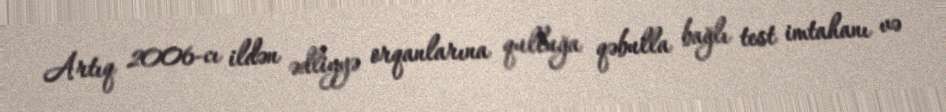
Artıq 2006-cı ildən ədliyyə orqanlarına qulluğa qəbulla bağlı test imtahanı və